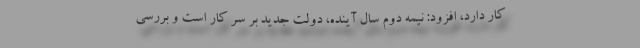
کار دارد، افزود: نیمه دوم سال آینده، دولت جدید بر سر کار است و بررسی